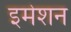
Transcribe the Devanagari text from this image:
इमेशन